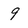
Character: 9